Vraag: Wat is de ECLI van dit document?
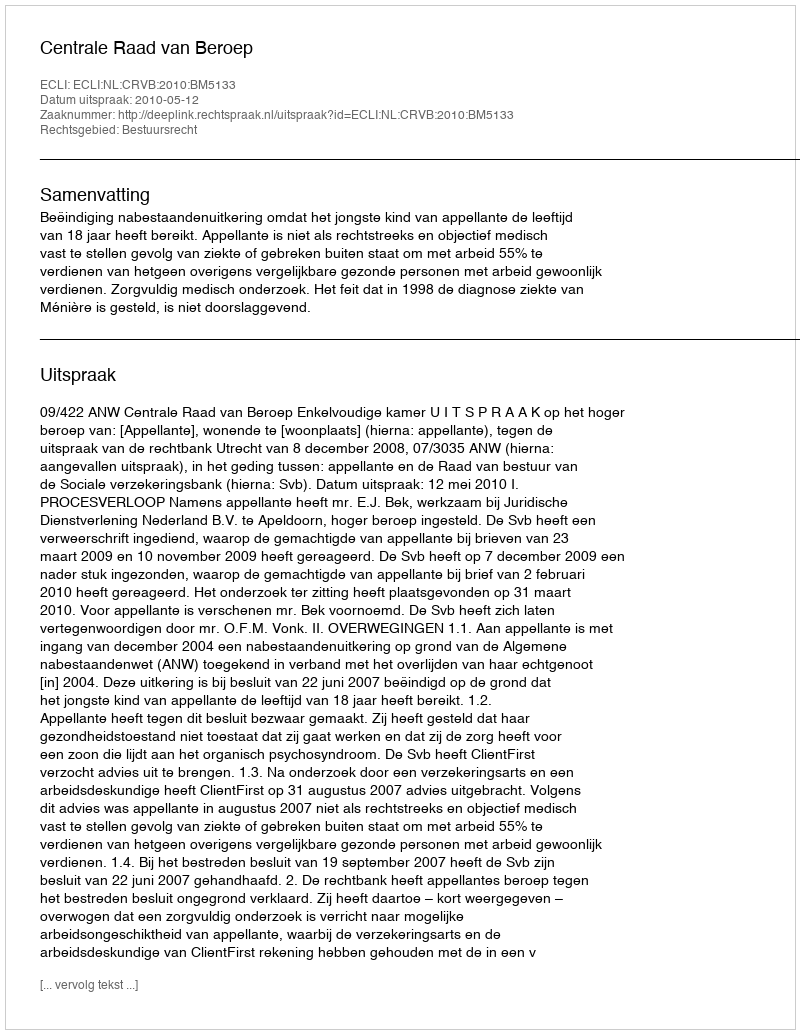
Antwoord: ECLI:NL:CRVB:2010:BM5133